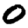
Digit: 0